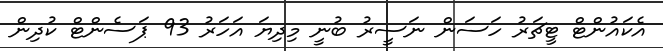
އެކައުންޓް ޓީޗަރު ހަސަން ނަސީރު ބުނީ މިދިޔަ އަހަރު 93 ޕަސެންޓް ކުދިން